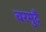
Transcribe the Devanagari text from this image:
बरमुदै